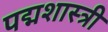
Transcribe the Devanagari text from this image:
पद्मशास्त्री